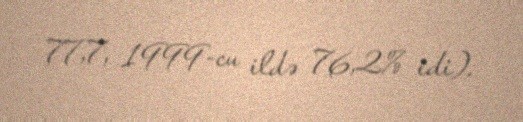
77,7, 1999-cu ildə 76,2% idi).